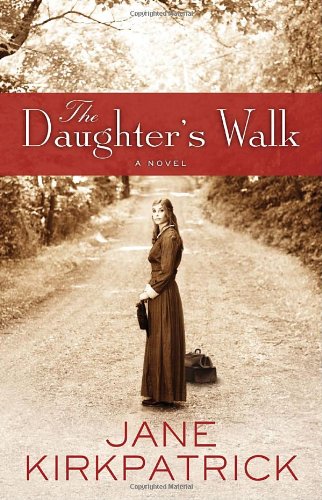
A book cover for The Daughter's Walk: A Novel; Jane Kirkpatrick; Literature & Fiction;